Report on the cholera epidemic of
Year: 1868
Disease focus: Cholera
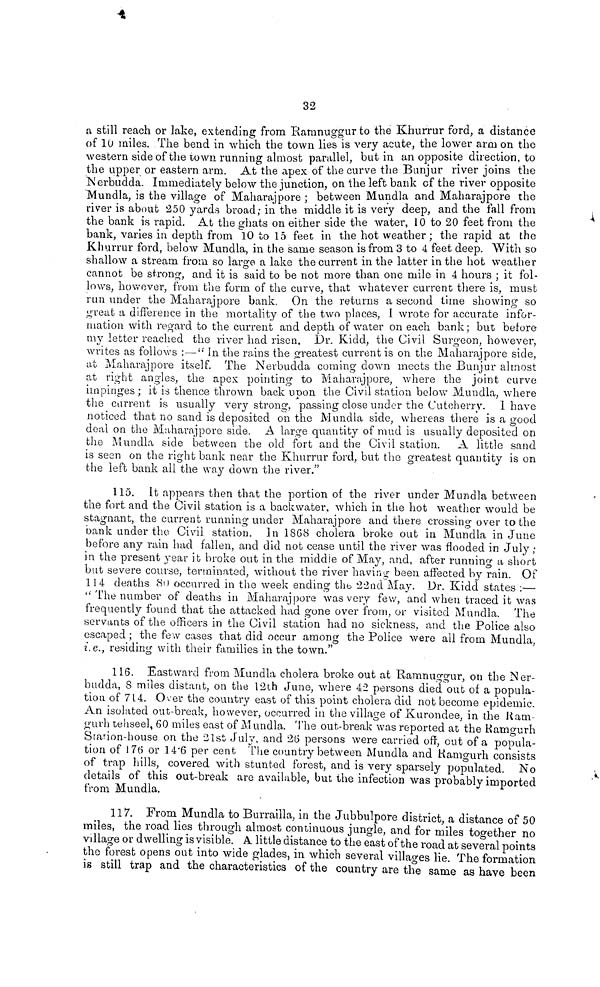
32
a still reach or lake, extending from Ramnuggur to the Khurrur ford, a distance
of 10 miles. The bend in which the town lies is very acute, the lower arm on the
western side of the town running almost parallel, but an opposite direction, to
the upper or eastern arm. At the apex of the curve the Bunjur river joins the
Nerbudda. Immediately below the junction, on the left bank of the river opposite
Mundla, is the village of Maharajpore ; between Mundla and Maharajpore the
river is about 250 yards broad; in the middle it is very deep, and the fall from
the bank is rapid. At the ghats on either side the water, 10 to 20 feet from the
bank, varies in depth from 10 to 15 feet in the hot weather ; the rapid at the
Khurrur ford, below Mundla, in the same season is from 3 to 4 feet deep. With so
shallow a stream from so large a lake the current in the latter in the hot weather
cannot be strong, and it is said to be not more than one mile in 4 hours ; it fol-
lows, however, from the form of the curve, that whatever current there is, must
run under the Maharajpore bank. On the returns a second time showing so
great a difference in the mortality of the two places, I wrote for accurate infor-
mation with regard to the current and depth of water on each bank; but before
my letter reached the river had risen. Dr. Kidd, the Civil Surgeon, however,
writes as follows :— " In the rains the greatest current is on the Maharajpore side,
at Maharajpore itself. The Nerbudda coming down meets the Bunjur almost
at right angles, the apex pointing to Maharajpore, where the joint curve
impinges ; it is thence thrown back upon the Civil station below Mundla, where
the carrent is usually very strong, passing close under the Cutcherry. I have
noticed that no sand is deposited on the Mundla side, whereas there is a good
deal on the Maharajpore side. A large quantity of mud is usually deposited on
the Mundla side between the old fort and the Civil station. A little sand
is seen on the right bank near the Khurrur ford, but the greatest quantity is on
the left bank all the way down the river."
115. It appears then that the portion of the river under Mundla between
the fort and the Civil station is a backwater, which in the hot weather would be
stagnant, the current running under Maharajpore and there crossing over to the
bank under the Civil station. In 1868 cholera broke out in Mundla in June
before any rain had fallen, and did not cease until the river was flooded in July ;
in the present year it broke out in the middle of May, and, after running a short
but severe course, terminated, without the river having been affected by rain. Of
114 deaths 80 occurred in the week ending the 22nd May. Dr. Kidd states :—
" The number of deaths in Maharajpore was very few, and when traced it was
frequently found that the attacked had gone over from, or visited Mundla. The
servants of the officers in the Civil station had no sickness, and the Police also
escaped ; the few cases that did occur among the Police were all from Mundla,
i.e., residing with their families in the town."
116. Eastward from Mundla cholera broke out at Ramnuggur, on the Ner-
budda, S miles distant, on the 12th June, where 42 persons died out of a popula-
tion of 714. Over the country east of this point cholera did not become epidemic.
An isolated out-break, however, occurred in the village of Kurondee, in the Ram-
giirh tehseel, 60 miles east of Mundla. The out-break was reported at the Ramgurh
Station-house on the 21st July, and 26 persons were carried off, out of a popula-
tion of 176 or 14 . 6 per cent. The country between Mundla and Ramgurh consists
of trap hills, covered with stunted forest, and is very sparsely populated. No
details of this out-break are available, but the infection was probably imported
from Mundla.
117. From Mundla to Burrailla, in the Jubbulpore district, a distance of 50
miles, the road lies through almost continuous jungle, and for miles together no
village or dwelling is visible. A little distance to the east of the road at several points
the forest opens out into wide glades, in which several villages lie. The formation
is still trap and the characteristics of the country are the same as have been